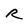
Character: R